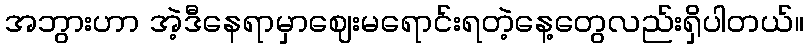
အဘွားဟာ အဲ့ဒီနေရာမှာဈေးမရောင်းရတဲ့နေ့တွေလည်းရှိပါတယ်။